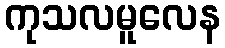
ကုသလမူလေန